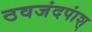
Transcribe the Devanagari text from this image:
ठवजंदपांश्